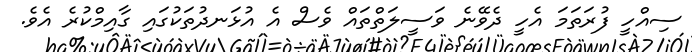
ސިއްހީ ފުރަތަމަ އެހީ ދެވޭނެ ވަސީލަތްތައް ވެސް އެ އުޅަނދުތަކުގައި ގާއިމްކުރެ އެވެ.